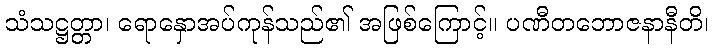
သံသဋ္ဌတ္တာ၊ ရောနှောအပ်ကုန်သည်၏ အဖြစ်ကြောင့်။ ပဏီတဘောဇနာနီတိ၊